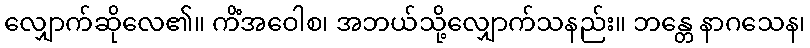
လျှောက်ဆိုလေ၏။ ကိံအဝေါစ၊ အဘယ်သို့လျှောက်သနည်း။ ဘန္တေ နာဂသေန၊